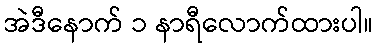
အဲဒီနောက် ၁ နာရီလောက်ထားပါ။